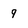
Character: 9